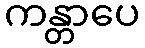
ကန္တာပေ